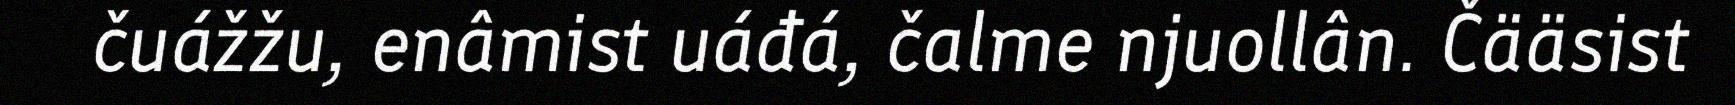
čuážžu, enâmist uáđá, čalme njuollân. Čääsist